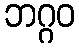
ဘဂ္ဂဝ